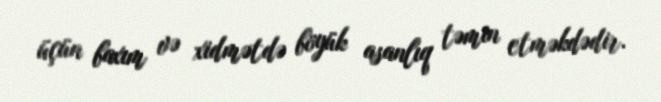
üçün baxım və xidmətdə böyük asanlıq təmin etməkdədir.